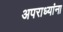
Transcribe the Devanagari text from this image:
अपराध्यांना